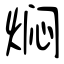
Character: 焖